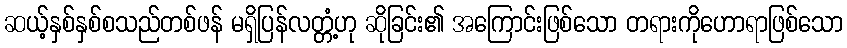
ဆယ့်နှစ်နှစ်စသည်တစ်ဖန် မရှိပြန်လတ္တံ့ဟု ဆိုခြင်း၏ အကြောင်းဖြစ်သော တရားကိုဟောရာဖြစ်သော